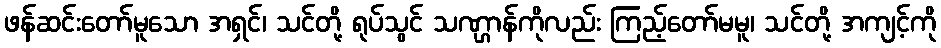
ဖန်ဆင်းတော်မူသော အရှင်၊ သင်တို့ ရုပ်သွင် သဏ္ဌာန်ကိုလည်း ကြည့်တော်မမူ၊ သင်တို့ အကျင့်ကို